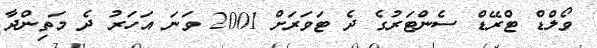
ވޯލްޑް ޓްރޭޑް ސެންޓަރުގެ ދެ ޓަވަރަށް 2001 ވަނަ އަހަރު ދެ މަތިންދާ